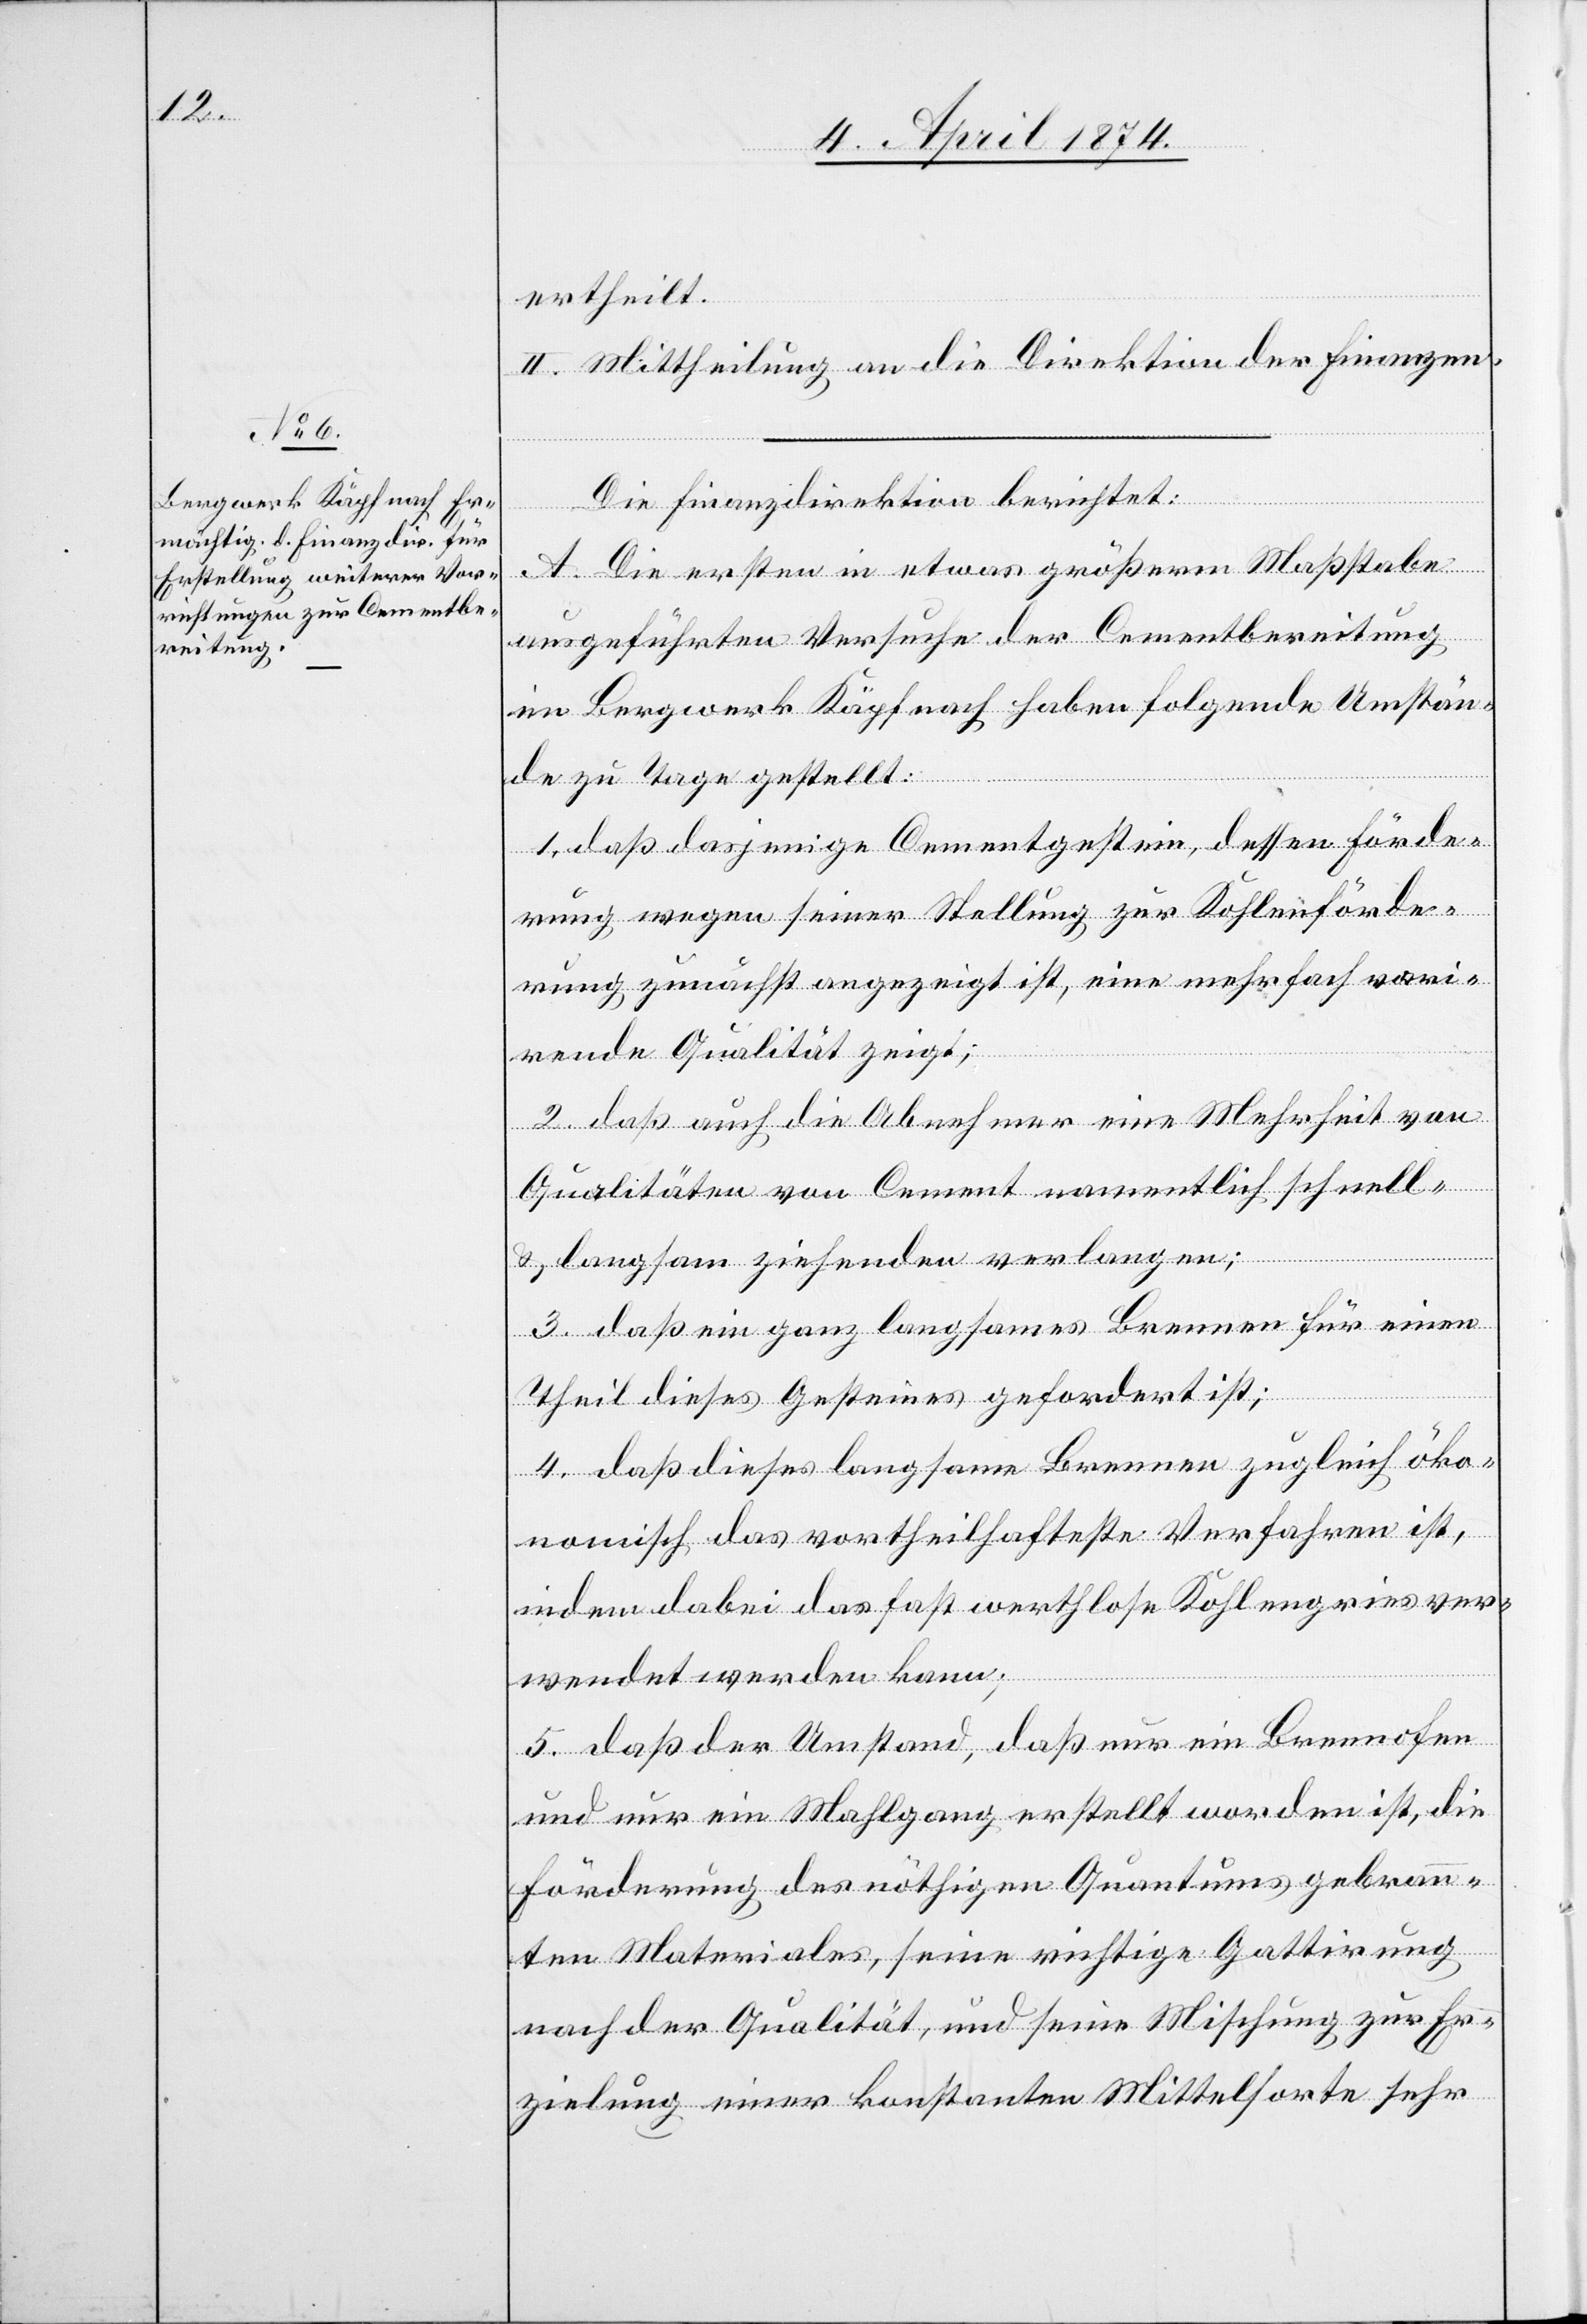
i[i ]e¬
ertheilt.
II. Mittheilung an die Direktion der Finanzen.
Die Finanzdirektion berichtet:
A. Die ersten in etwas größerm Maßstabe
ausgeführten Versuche der Cementbereitung
im Bergwerk Käpfnach haben folgende Umstän¬
de zu Tage gestellt:
1. daß dasjenige Cementgestein, dessen Förde¬
rung wegen seiner Stellung zur Kohlenförde¬
rung zunächst angezeigt ist, eine mehrfach var¬
rende Qualität zeigt;
2. daß auch die Abnehmer eine Mehrheit von
Qualitäten von Cement namentlich schnell-
u. langsam ziehenden verlangen;
3. daß dieses langsame Brennen zugleich öko¬
nomisch das vortheilhafteste Verfahren ist,
indem dabei das fast werthlose Kohlengries ver¬
wendet werden kann;
5. daß der Umstand, daß nur ein Brennofen
und nur ein Mahlgang erstellt worden ist, die
Förderung des nöthigen Quantums gebran¬
nten Materiales, seine richtige Gattirung
nach der Qualität, und seine Mischung zur Er¬
zielung einer konstanten Mittelsorte sehr